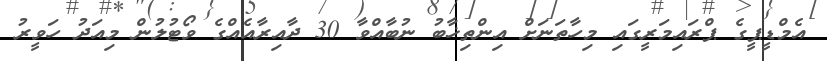
އެމްޑީޕީގެ ޕްރައިމަރީގައި މިހާތަނަށް އިންތިޚާބު ނުބާއްވާ 30 ދާއިރާއެއްގެ ވޯޓުލުން މިއަދު ހަވީރު